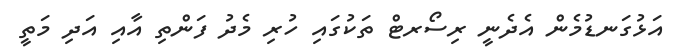
އަޅުގަނޑުމެން އެދެނީ ރިސޯރޓް ތަކުގައި ހުރި މެދު ފަންތި އާއި އަދި މަތީ